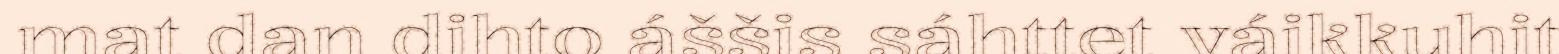
mat dan dihto áššis sáhttet váikkuhit